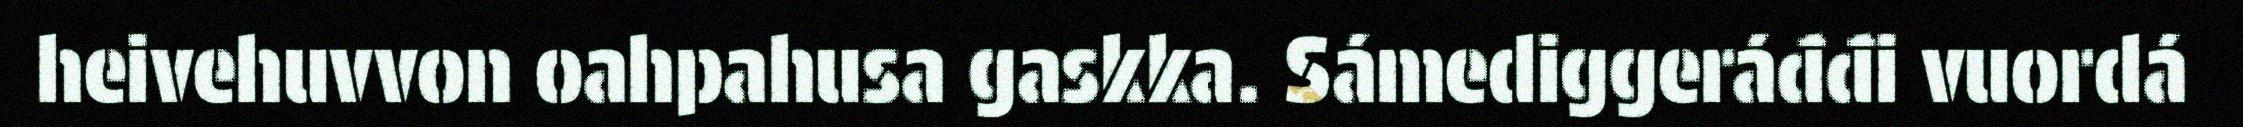
heivehuvvon oahpahusa gaskka. Sámediggeráđđi vuordá